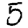
Digit: 5